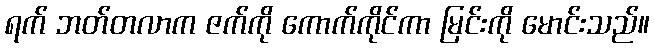
ရက် ဘတ်တလာက ဇက်ကို ကောက်ကိုင်ကာ မြင်းကို မောင်းသည်။